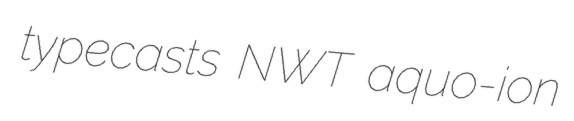
typecasts NWT aquo-ion